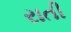
રાતી